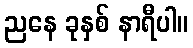
ညနေ ခုနှစ် နာရီပါ။